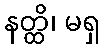
နတ္ထိ၊ မရှ